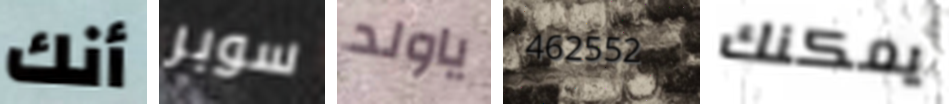
أنك سوبر ياولد 462552 يمكنك